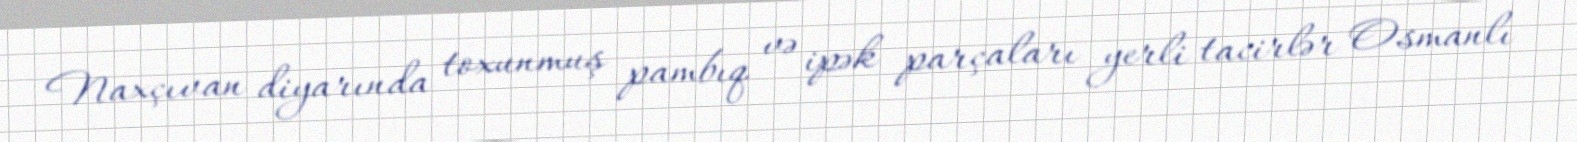
Naxçıvan diyarında toxunmuş pambıq və ipək parçaları yerli tacirlər Osmanlı